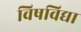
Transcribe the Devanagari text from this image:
विषविद्या